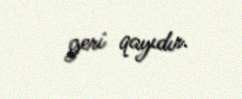
geri qayıdır.